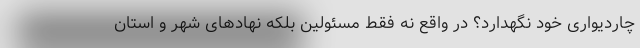
چاردیواری خود نگهدارد؟ در واقع نه فقط مسئولین بلکه نهادهای شهر و استان